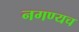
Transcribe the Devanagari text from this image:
नगण्यच